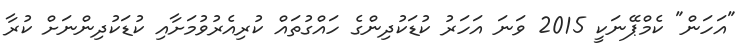
"އަހަން" ކެމްޕޭނަކީ 2015 ވަނަ އަހަރު ކުޑަކުދިންގެ ހައްގުތައް ކުރިއެރުވުމަށާއި ކުޑަކުދިންނަށް ކުރާ